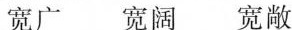
宽广 宽阔 宽敞